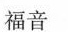
福音